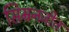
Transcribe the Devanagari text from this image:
सिम्रनजीत